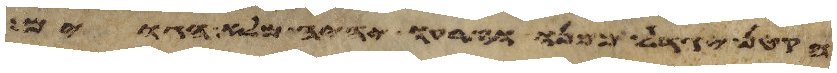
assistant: הקטן יגדל ממנו וזרעו יהיה מלא הגוים